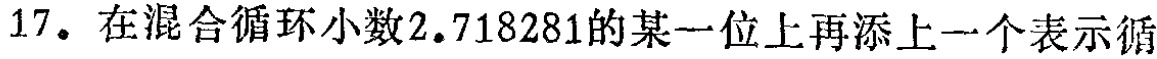
17. 在混合循环小数\(2.718281\)的某一位上再添上一个表示循